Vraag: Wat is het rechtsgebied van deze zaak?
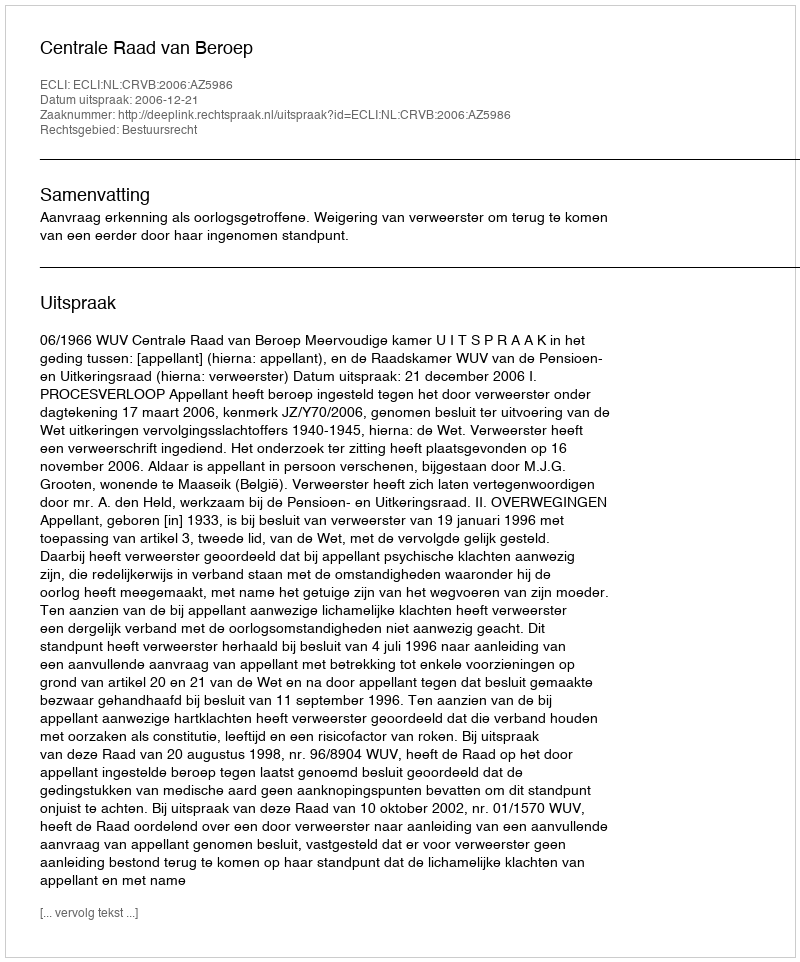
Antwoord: Bestuursrecht